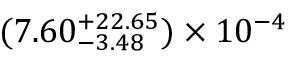
( 7 . 6 0 _ { - 3 . 4 8 } ^ { + 2 2 . 6 5 } ) \times 1 0 ^ { - 4 }